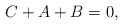
\begin{align*}C+A+B=0,\end{align*}